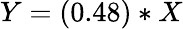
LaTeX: Y=(0.48)*X